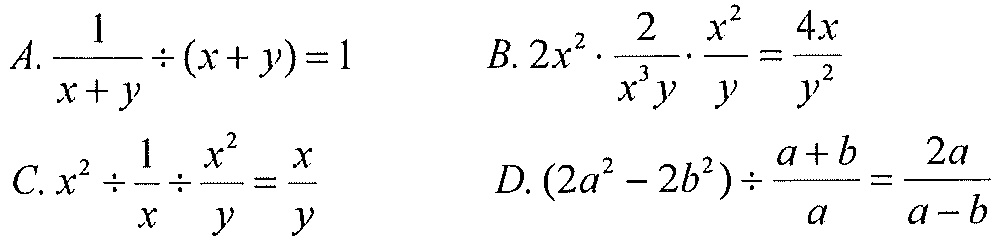
$A.\frac{1}{x + y}\div(x + y)=1$  $B.2x^{2}\cdot\frac{2}{x^{3}y}\cdot\frac{x^{2}}{y}=\frac{4x}{y^{2}}$
$C.x^{2}\div\frac{1}{x}\div\frac{x^{2}}{y}=\frac{x}{y}$  $D.(2a^{2}-2b^{2})\div\frac{a + b}{a}=\frac{2a}{a - b}$